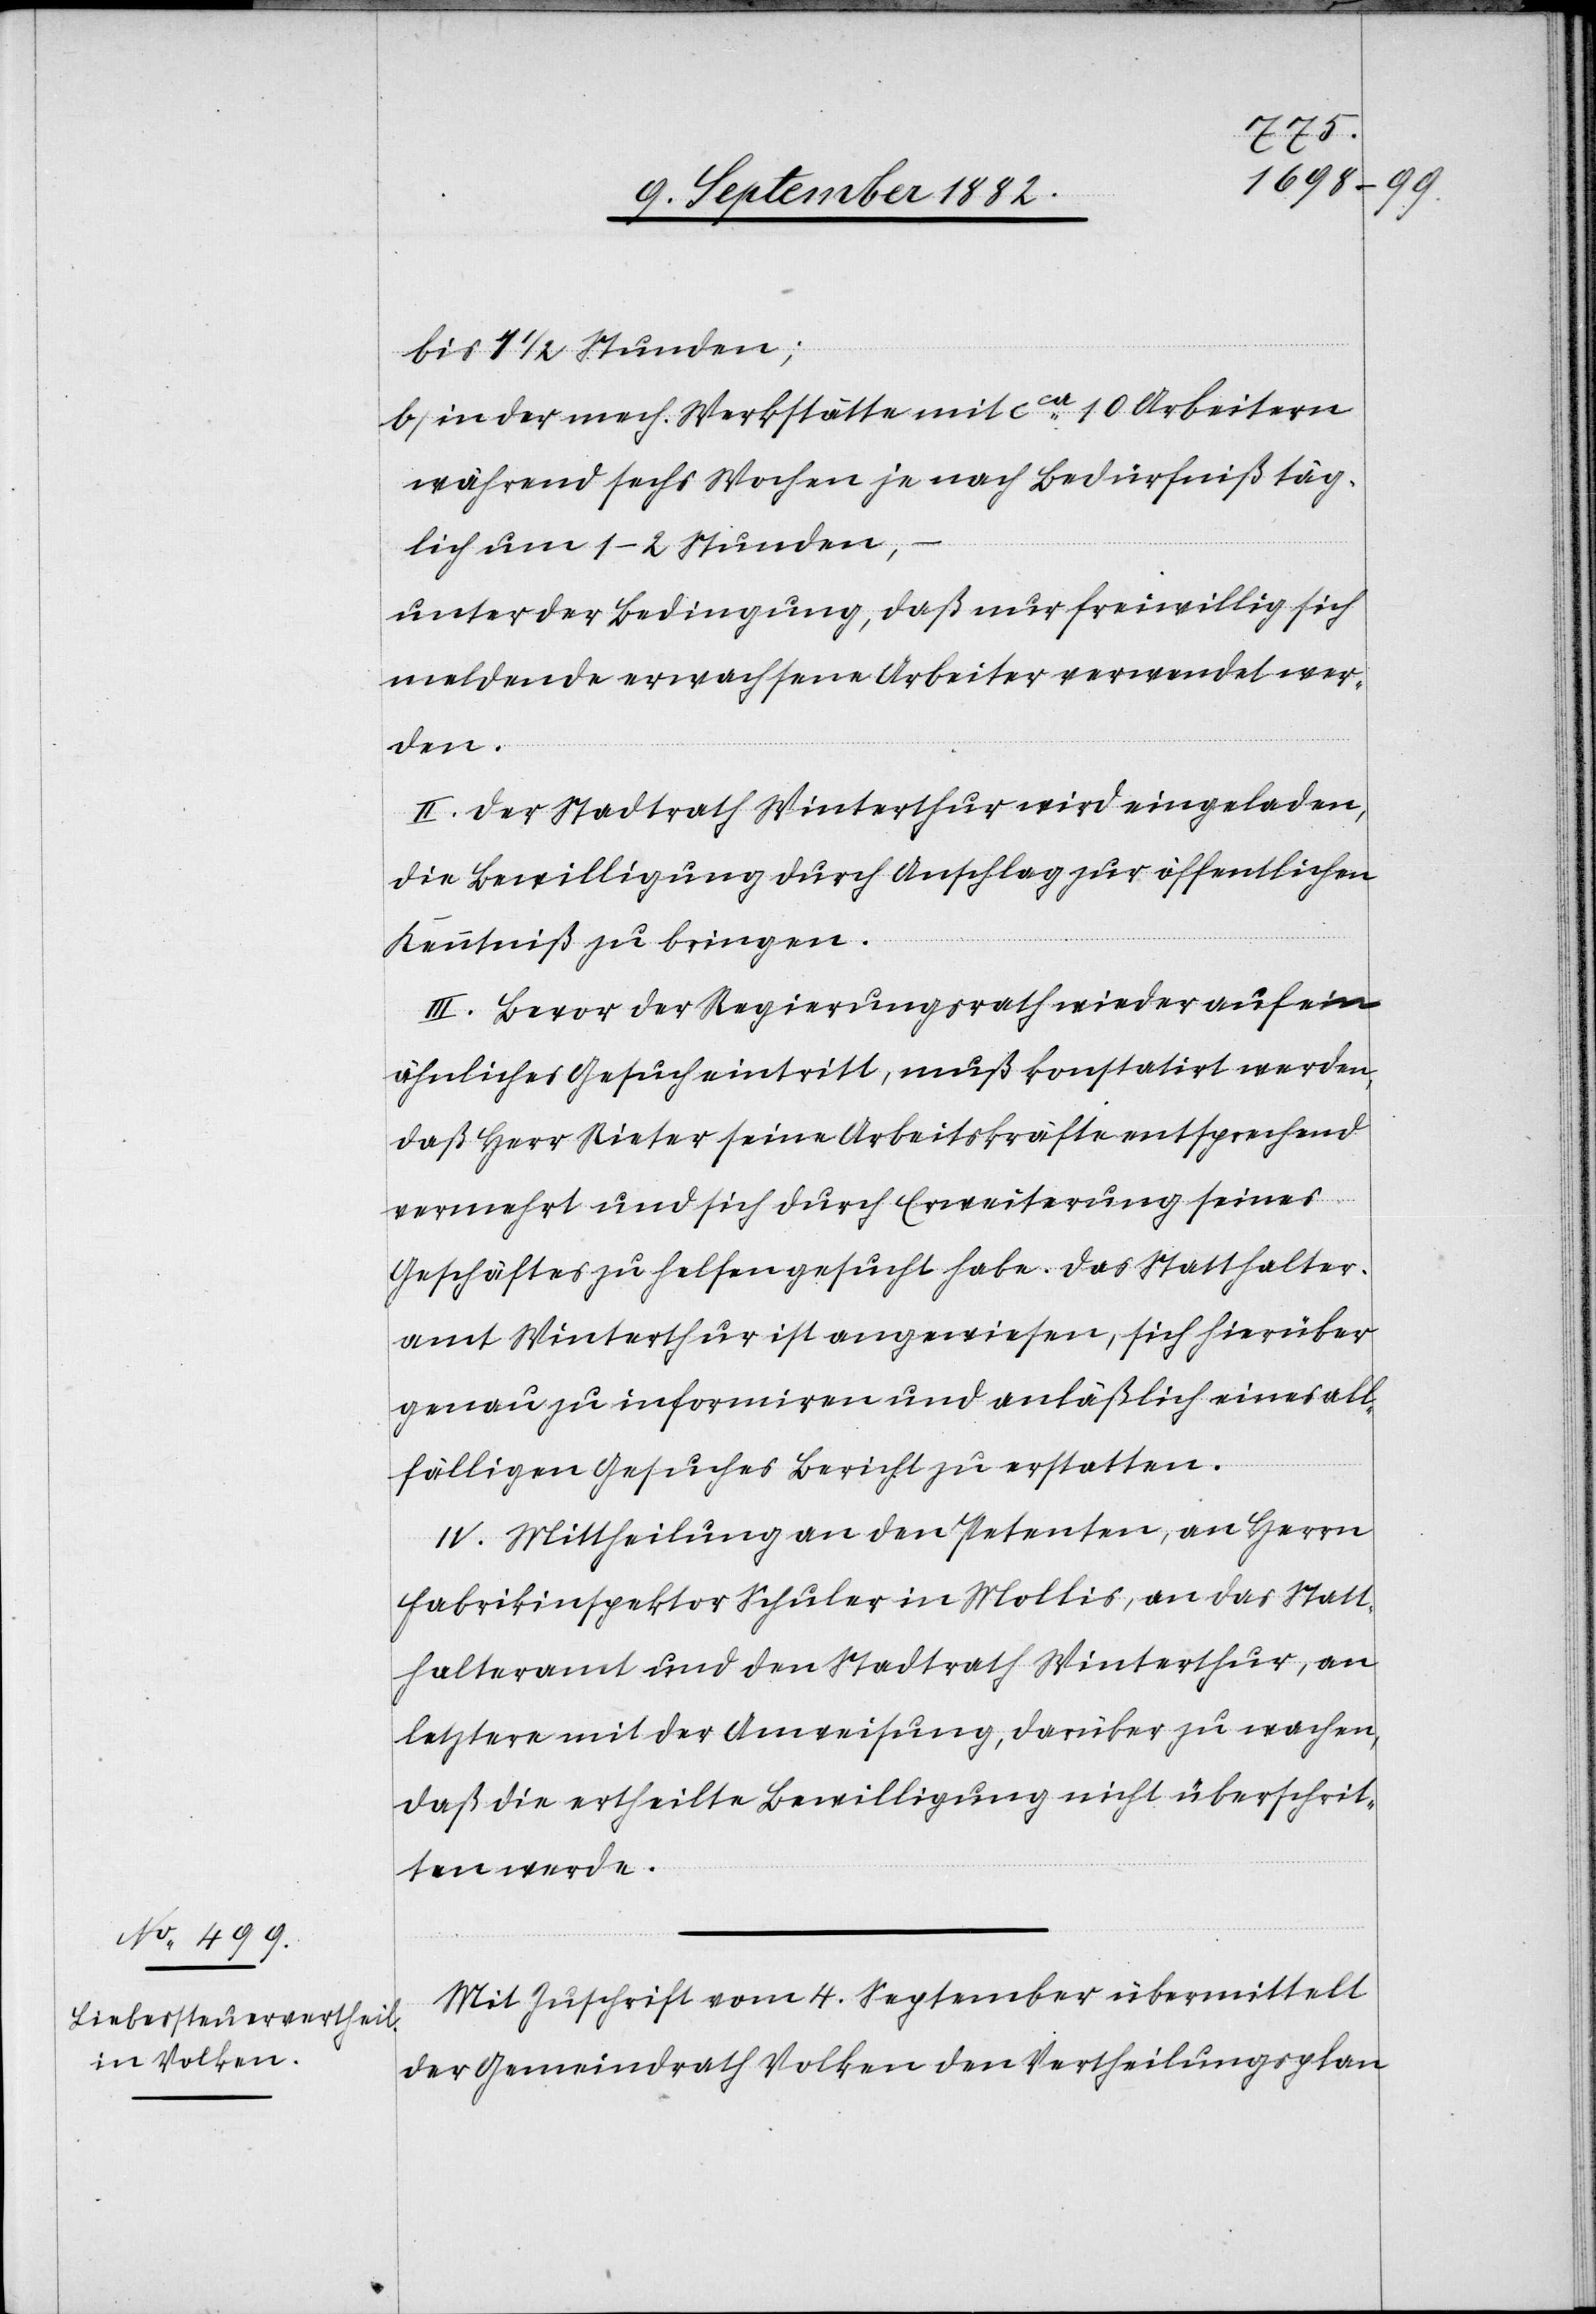
bis 1 1/2 Stunden;
b) in der mech. Werkstätte mit ca 10 Arbeitern
während sechs Wochen je nach Bedürfniß täg¬
lich um 1–2 Stunden,
unter der Bedingung, daß nur freiwillig sich
meldende erwachsene Arbeiter verwendet wer¬
den.
II. Der Stadtrath Winterthur wird eingeladen,
die Bewilligung durch Anschlag zur öffentlichen
Kenntniß zu bringen.
III. Bevor der Regierungsrath wieder auf ein
ähnliches Gesuch eintritt, muß konstatirt werden,
daß Herr Rieter seine Arbeitskräfte entsprechend
vermehrt und sich durch Erweiterung seines
Geschäftes zu helfen gesucht habe. Das Statthalter¬
amt Winterthur ist angewiesen, sich hierüber
genau zu informiren und anläßlich eines all¬
fälligen Gesuches Bericht zu erstatten.
IV. Mittheilung an den Petenten, an Herrn
Fabrikinspektor Schuler in Mollis, an das Statt¬
halteramt und den Stadtrath Winterthur, an
letztere mit der Anweisung, darüber zu wachen,
daß die ertheilte Bewilligung nicht überschrit¬
ten werde.
Mit Zuschrift vom 4. September übermittelt
der Gemeindrath Volken den Vertheilungsplan